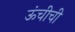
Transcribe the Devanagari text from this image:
ऊंचीची